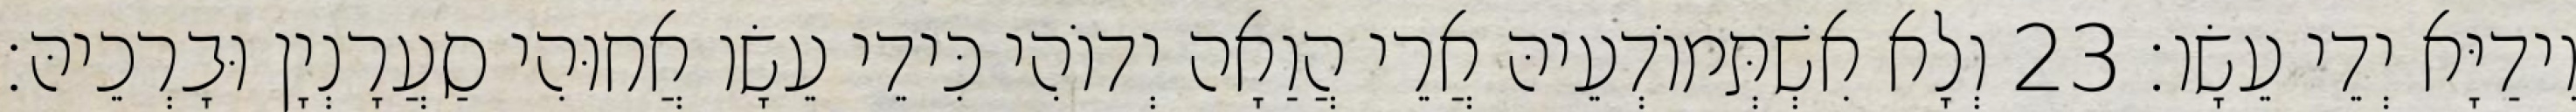
וִידַיָּא יְדֵי עֵשָׂו׃ 23 וְלָא אִשְׁתְּמוֹדְעֵיהּ אֲרֵי הֲוַאָה יְדוֹהִי כִּידֵי עֵשָׂו אֲחוּהִי סַעֲרָנְיָן וּבָרְכֵיהּ׃